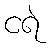
ငရဲ